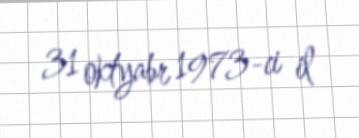
31 oktyabr 1973-ci il